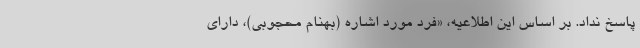
پاسخ نداد. بر اساس این اطلاعیه، «فرد مورد اشاره (بهنام محجوبی)، دارای